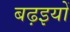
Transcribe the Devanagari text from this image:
बढ़इयों